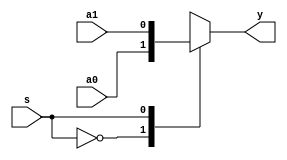
module mux2x1_behavioral_case_all(y, s, a0, a1);
   input s, a0, a1;
   output y;

   reg 	  y; // y can't be a net.
   
   always @(s or a0 or a1)
     begin
	case(s)
	  1'b0: y = a0;
	  1'b1: y = a1;
	endcase // case (s)
	
     end
endmodule // mux2x1_behavioral_case_all